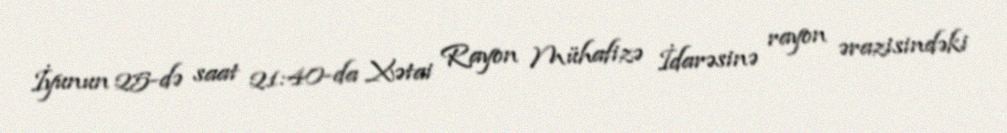
İyunun 25-də saat 21:40-da Xətai Rayon Mühafizə İdarəsinə rayon ərazisindəki